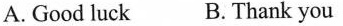
A. Good luck B.Thank you